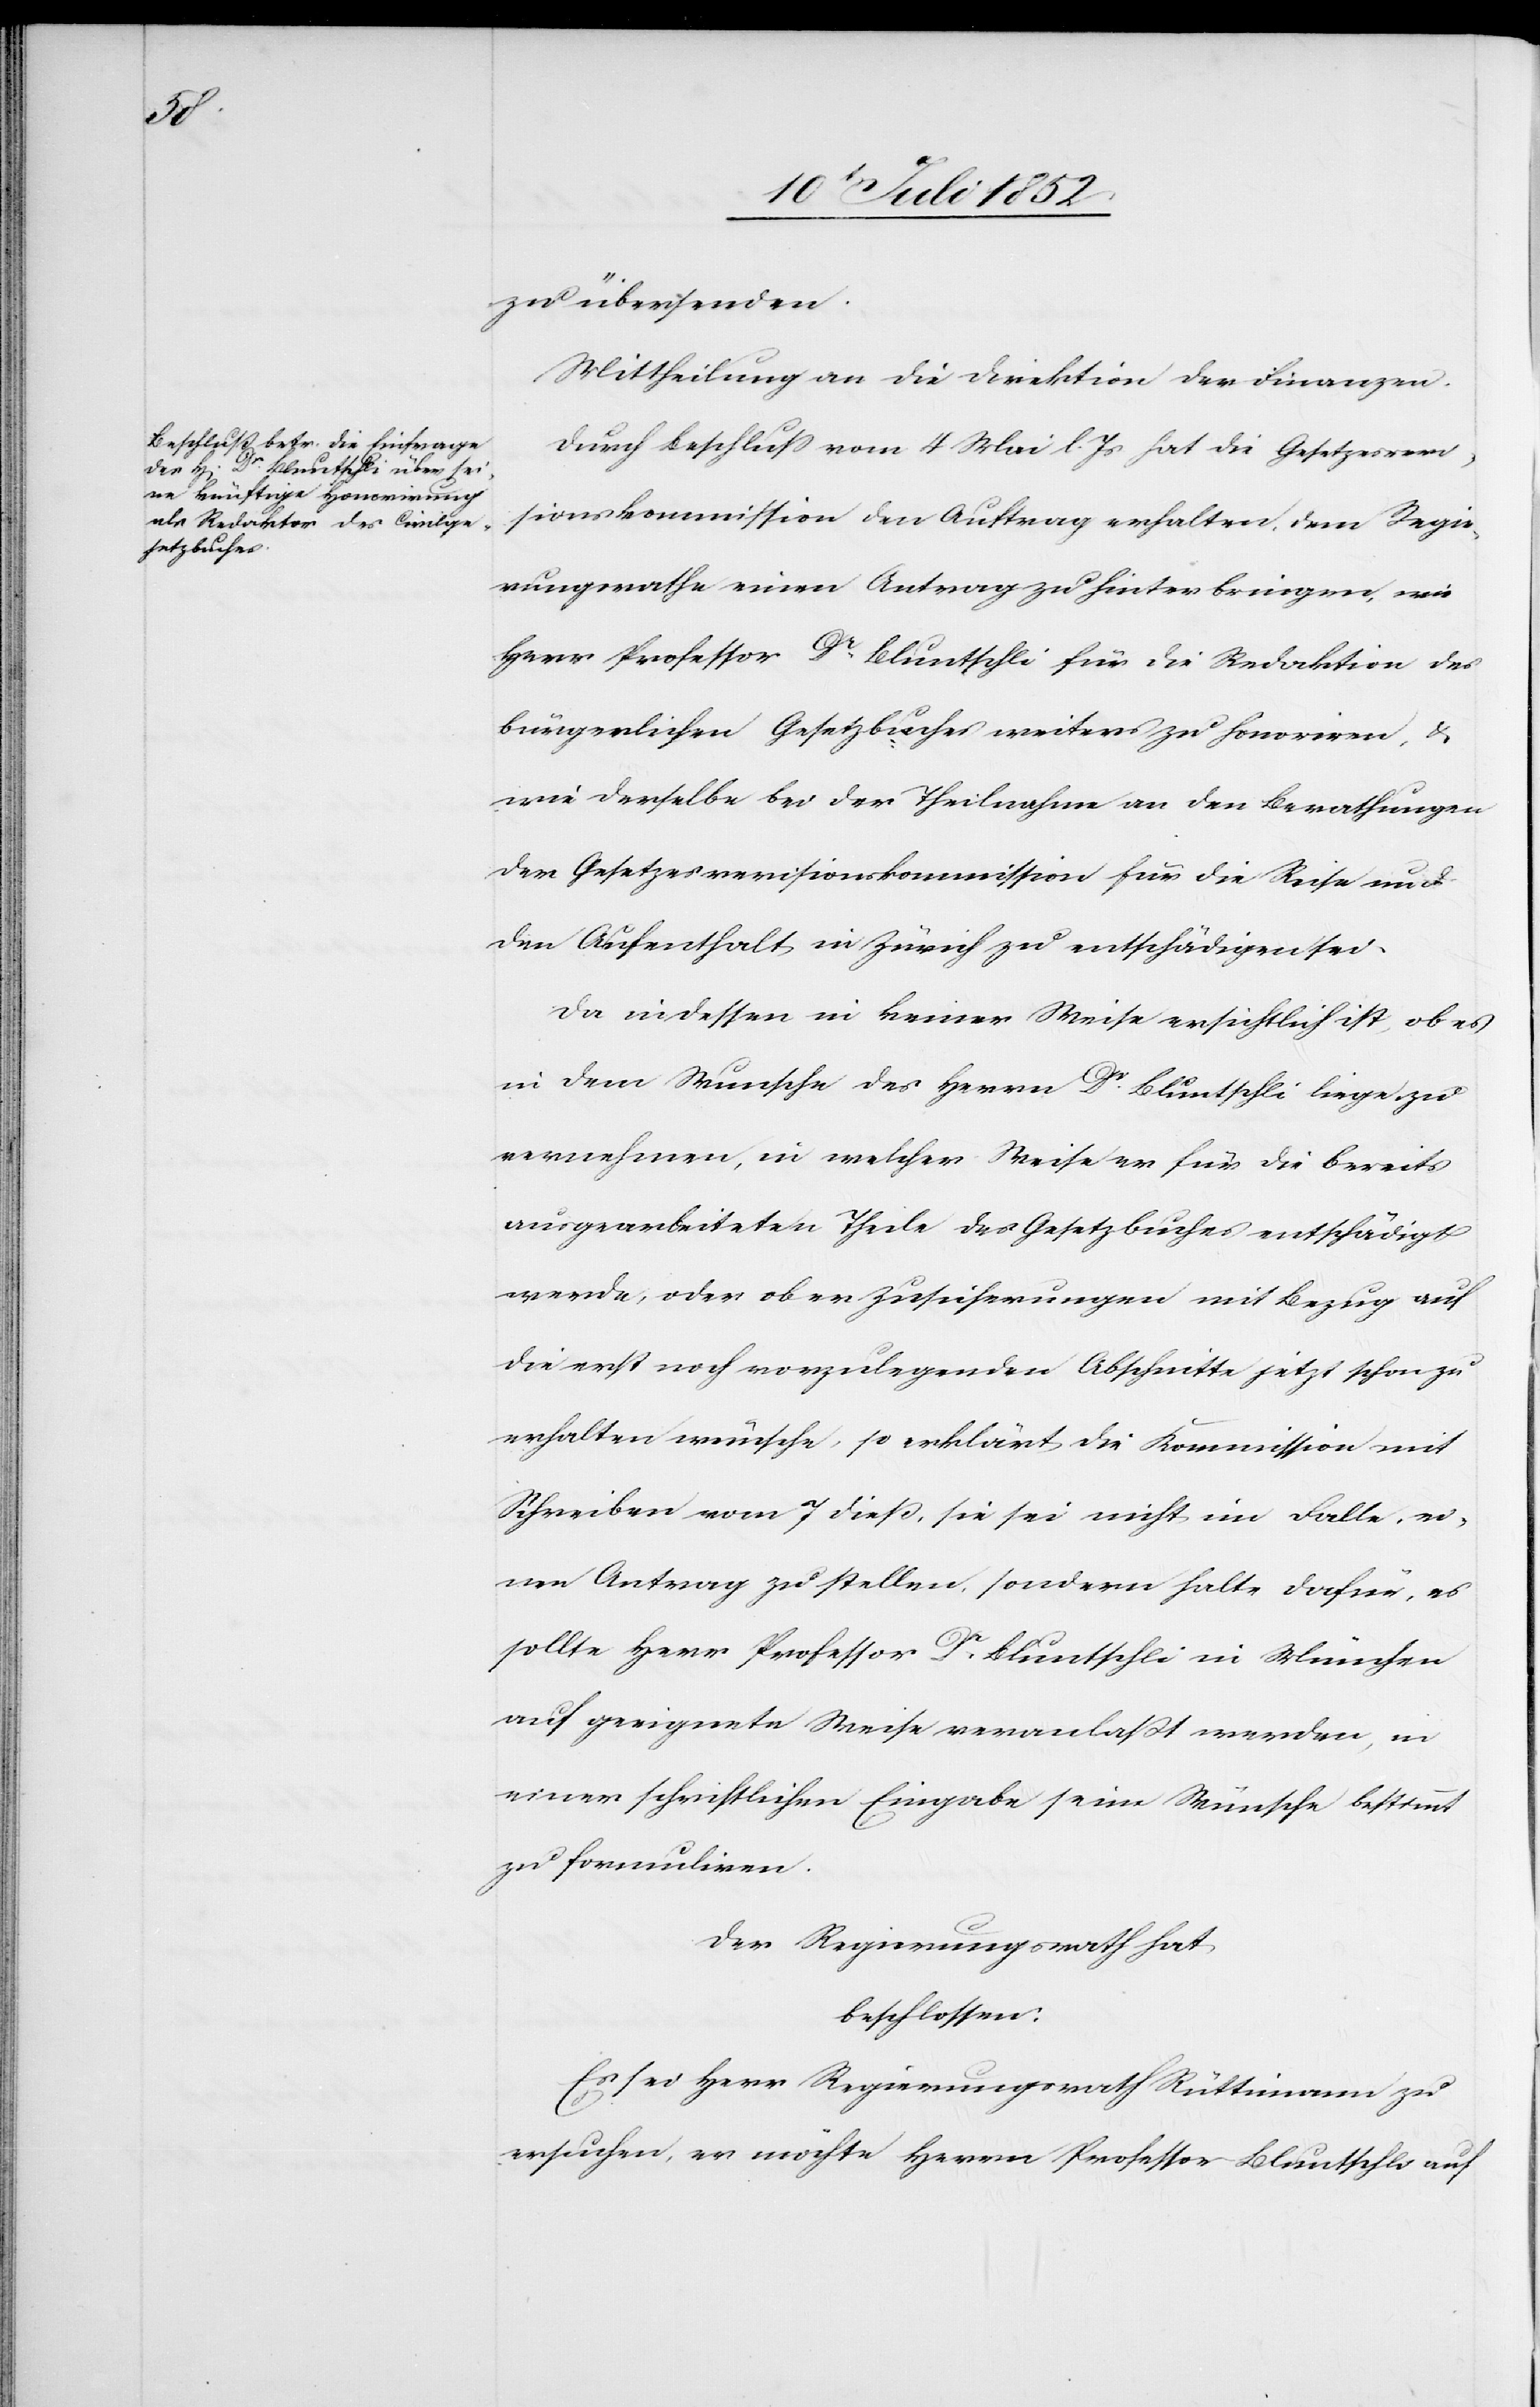
zu übersenden.
Mittheilung an die Direktion der Finanzen.
Durch Beschluss vom 4 Mai l. Js hat die Gesetzesrevi¬
sionskommission den Auftrag erhalten, dem Regie¬
rungsrathe einen Antrag zu hinterbringen, wie
Herr Professor Dr. Bluntschli für die Redaktion des
bürgerlichen Gesetzbuches weiters zu honoriren, &
wie derselbe bei der Theilnahme an den Berathungen
der Gesetzesrevisionskommission für die Reise und
den Aufenthalt in Zürich zu entschädigen sei.
Da indessen in keiner Weise ersichtlich ist, ob es
in dem Wunsche des Herrn Dr. Bluntschli liege zu
vernehmen, in welcher Weise er für die bereits
ausgearbeiteten Theile des Gesetzbuches entschädigt
werde, oder ob er Zusicherungen mit Bezug auf
die erst noch vorzulegenden Abschnitte jetzt schon zu
erhalten wünsche, so erklärt die Kommission mit
Schreiben vom 7 dieß, sie sei nicht im Falle, ei¬
nen Antrag zu stellen, sondern halte dafür, es
sollte Herr Professor Dr. Bluntschli in München
auf geeignete Weise veranlaßt werden, in
einer schriftlichen Eingabe seine Wünsche bestimmt
zu formuliren.
Der Regierungsrath hat
beschlossen:
Es sei Herr Regierungsrath Rüttimann zu
ersuchen, er möchte Herrn Professor Bluntschli auf